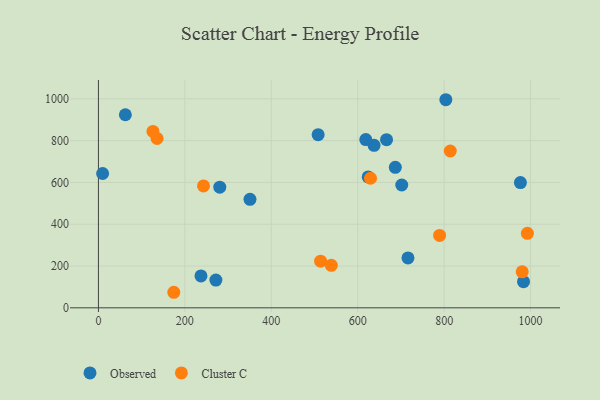
{"axis": {"x": "Ad Spend", "y": "Fuel Efficiency"}, "legend": ["Cluster C", "Observed"], "data": [{"x": "280.8", "y": 577.6, "type": "Observed"}, {"x": "687.0", "y": 672.2, "type": "Observed"}, {"x": "976.5", "y": 599.6, "type": "Observed"}, {"x": "637.8", "y": 777.6, "type": "Observed"}, {"x": "508.4", "y": 828.8, "type": "Observed"}, {"x": "983.7", "y": 125.1, "type": "Observed"}, {"x": "666.7", "y": 804.7, "type": "Observed"}, {"x": "618.7", "y": 805.3, "type": "Observed"}, {"x": "271.8", "y": 132.9, "type": "Observed"}, {"x": "624.2", "y": 626.2, "type": "Observed"}, {"x": "716.3", "y": 238.7, "type": "Observed"}, {"x": "237.3", "y": 152.6, "type": "Observed"}, {"x": "701.9", "y": 587.7, "type": "Observed"}, {"x": "803.9", "y": 995.9, "type": "Observed"}, {"x": "350.7", "y": 519.0, "type": "Observed"}, {"x": "9.7", "y": 642.9, "type": "Observed"}, {"x": "62.3", "y": 923.9, "type": "Observed"}, {"x": "814.2", "y": 750.6, "type": "Cluster C"}, {"x": "135.7", "y": 810.8, "type": "Cluster C"}, {"x": "538.9", "y": 203.2, "type": "Cluster C"}, {"x": "514.1", "y": 223.2, "type": "Cluster C"}, {"x": "174.4", "y": 74.4, "type": "Cluster C"}, {"x": "126.1", "y": 844.2, "type": "Cluster C"}, {"x": "992.6", "y": 356.5, "type": "Cluster C"}, {"x": "789.5", "y": 346.3, "type": "Cluster C"}, {"x": "243.1", "y": 583.6, "type": "Cluster C"}, {"x": "980.6", "y": 172.1, "type": "Cluster C"}, {"x": "629.6", "y": 620.0, "type": "Cluster C"}]}